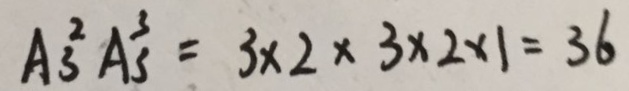
A _ { 3 } ^ { 2 } A _ { 3 } ^ { 3 } = 3 \times 2 \times 3 \times 2 \times 1 = 3 6